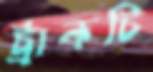
ট্রাকটি